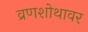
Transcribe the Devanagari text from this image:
व्रणशोथावर